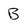
Character: B